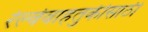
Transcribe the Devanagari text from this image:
रेल्वेवाहतुकीसाठी